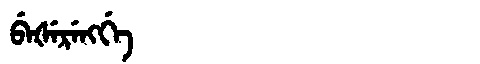
Manchu: ᠪᡝᡧᡝᡵᡝᠩᡤᡝ
Romanization: BEŠERENGGE